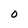
Character: O